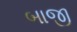
બાજી